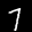
Label: 7